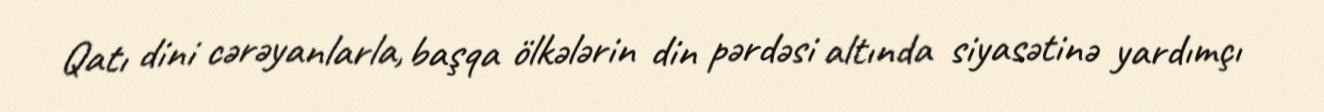
Qatı dini cərəyanlarla, başqa ölkələrin din pərdəsi altında siyasətinə yardımçı